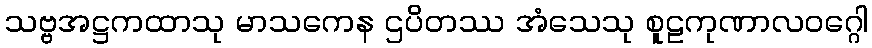
သဗ္ဗအဋ္ဌကထာသု မာသကေန ဌပိတဿ အံသေသု စူဠကုဏာလဝဂ္ဂေါ